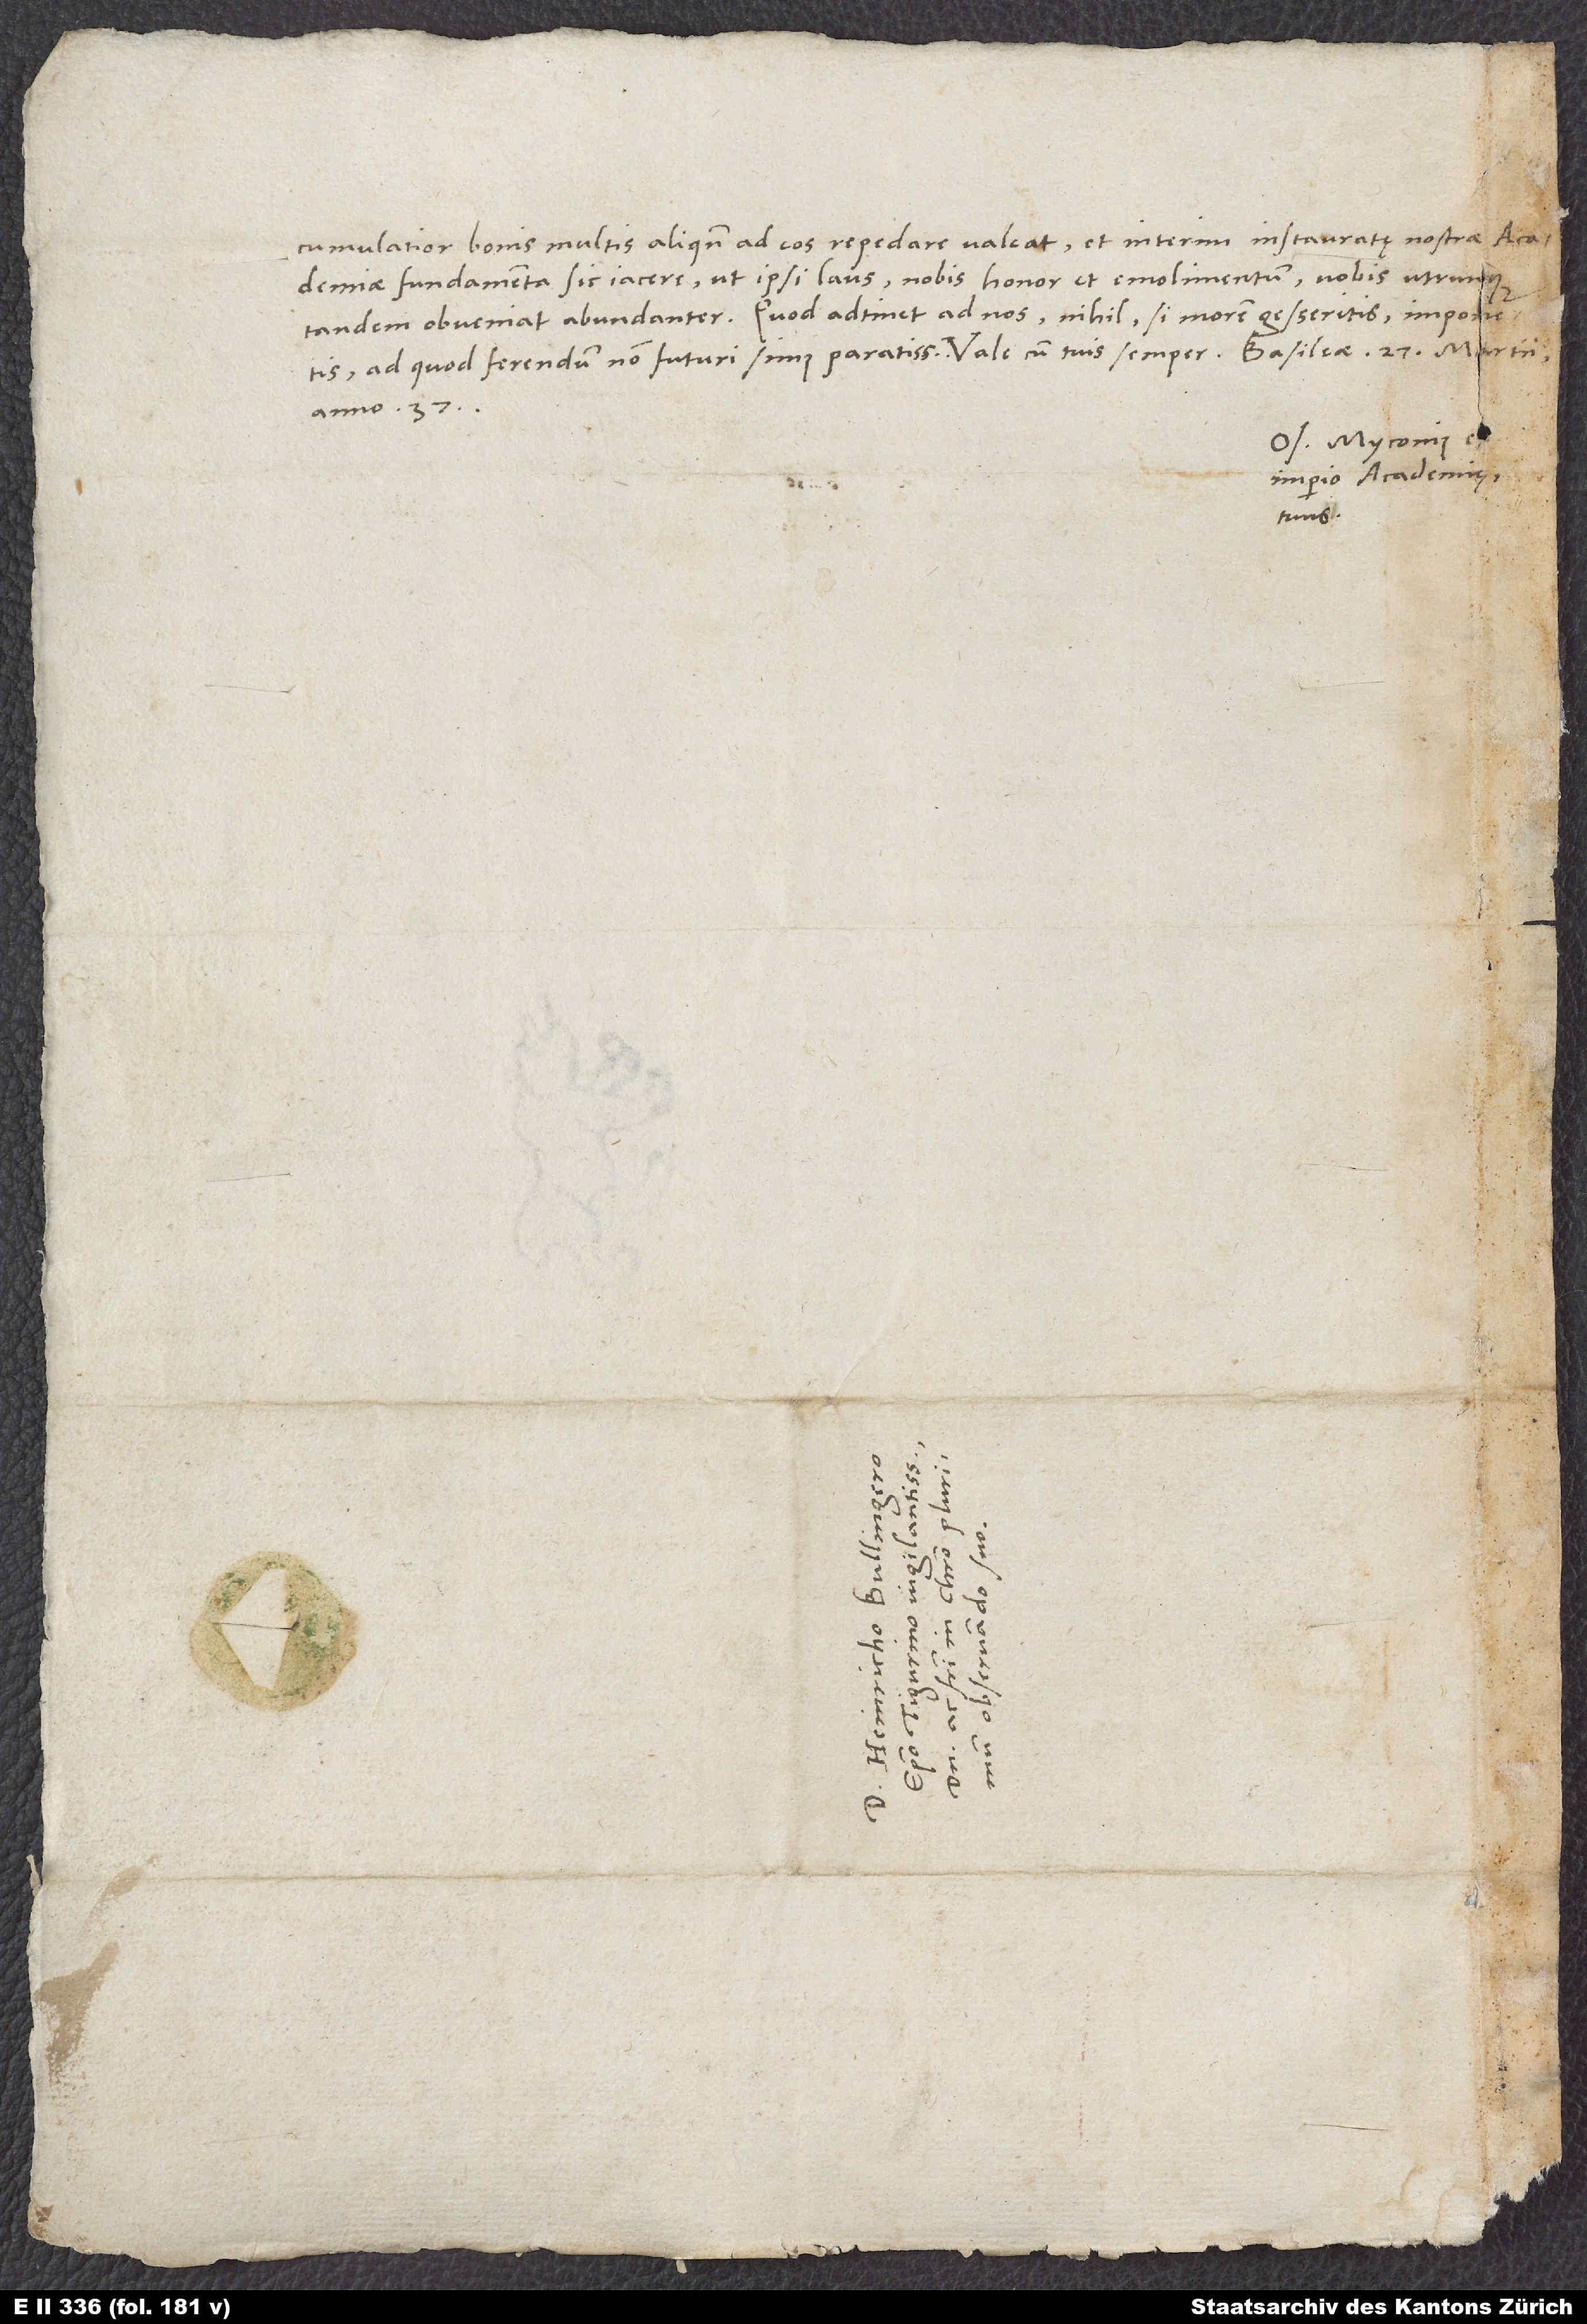
cumulatior bonis multis aliquando ad eos repedare valeat et interim instauratae nostrae academiae
fundamenta sic iacere, ut ipsi laus, nobis honor et emolimentum, vobis utrunque
tandem obveniat abundanter. Quod adtinet ad nos, nihil, si morem gesseritis, imponetis,
anno 37.
Os. Myconius ex
imperio academiae,
tuus.
S.